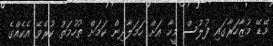
މޭޑޭ މުޒާހަރާގައި ފުލުސް މީހާ އަށް ހަމަލާދިން ކަމަށް ތުހުމަތު ކުރެވޭ އެކެއްގެ